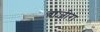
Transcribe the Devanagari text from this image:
बाजीरा